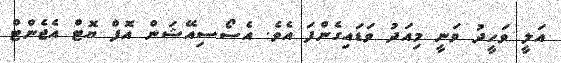
އަލީ ވަހީދު ވަނީ މިއަދު ވަޑައިގެންފަ އެވެ. އެސޯސިއޭޝަން އޮފް ޔޮޓް އެޖެންޓް